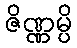
ဇိဏ္ဏမ္ပိ